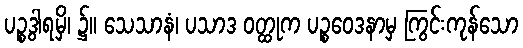
ပဉ္စဒွါရမှိ၊ ၌။ သေသာနံ၊ ပသာဒ ဝတ္ထုက ပဉ္စဝေဒနာမှ ကြွင်းကုန်သော